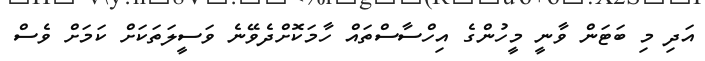
އަދި މި ބަޓަން ވާނީ މީހުންގެ އިހްސާސްތައް ހާމަކޮށްދެވޭނެ ވަސީލަތަކަށް ކަމަށް ވެސް